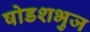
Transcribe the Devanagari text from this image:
षोडशभुज